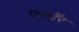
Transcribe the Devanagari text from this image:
एलॉर